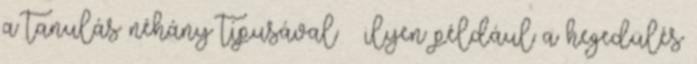
a tanulás néhány típusával – ilyen például a hegedülés